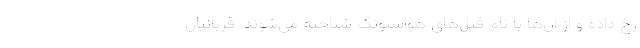
رخ داده و از آن‌ها با نام قتل‌های هواسئونگ شناخته می‌شوند. قربانیان